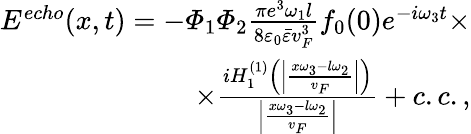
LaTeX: \begin{array}{r}{E^{echo}(x,t)=-\varPhi_{1}\varPhi_{2}\frac{\pi e^{3}\omega_{1}l}{8\varepsilon_{0}\bar{\varepsilon}v_{F}^{3}}f_{0}(0)e^{-i\omega_{3}t}\times}\\ {\times\frac{iH_{1}^{(1)}\left(\left|\frac{x\omega_{3}-l\omega_{2}}{v_{F}}\right|\right)}{\left|\frac{x\omega_{3}-l\omega_{2}}{v_{F}}\right|}+c.c.,}\end{array}